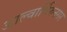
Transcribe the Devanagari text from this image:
आल्वार्थिरुनगर